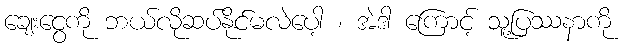
ချေးငွေကို ဘယ်လိုဆပ်နိုင်မလဲပေါ့ ၊ အဲဒါ ကြောင့် သူ့ပြဿနာကို